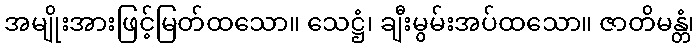
အမျိုးအားဖြင့်မြတ်ထသော။ သေဋ္ဌံ၊ ချီးမွမ်းအပ်ထသော။ ဇာတိမန္တံ၊